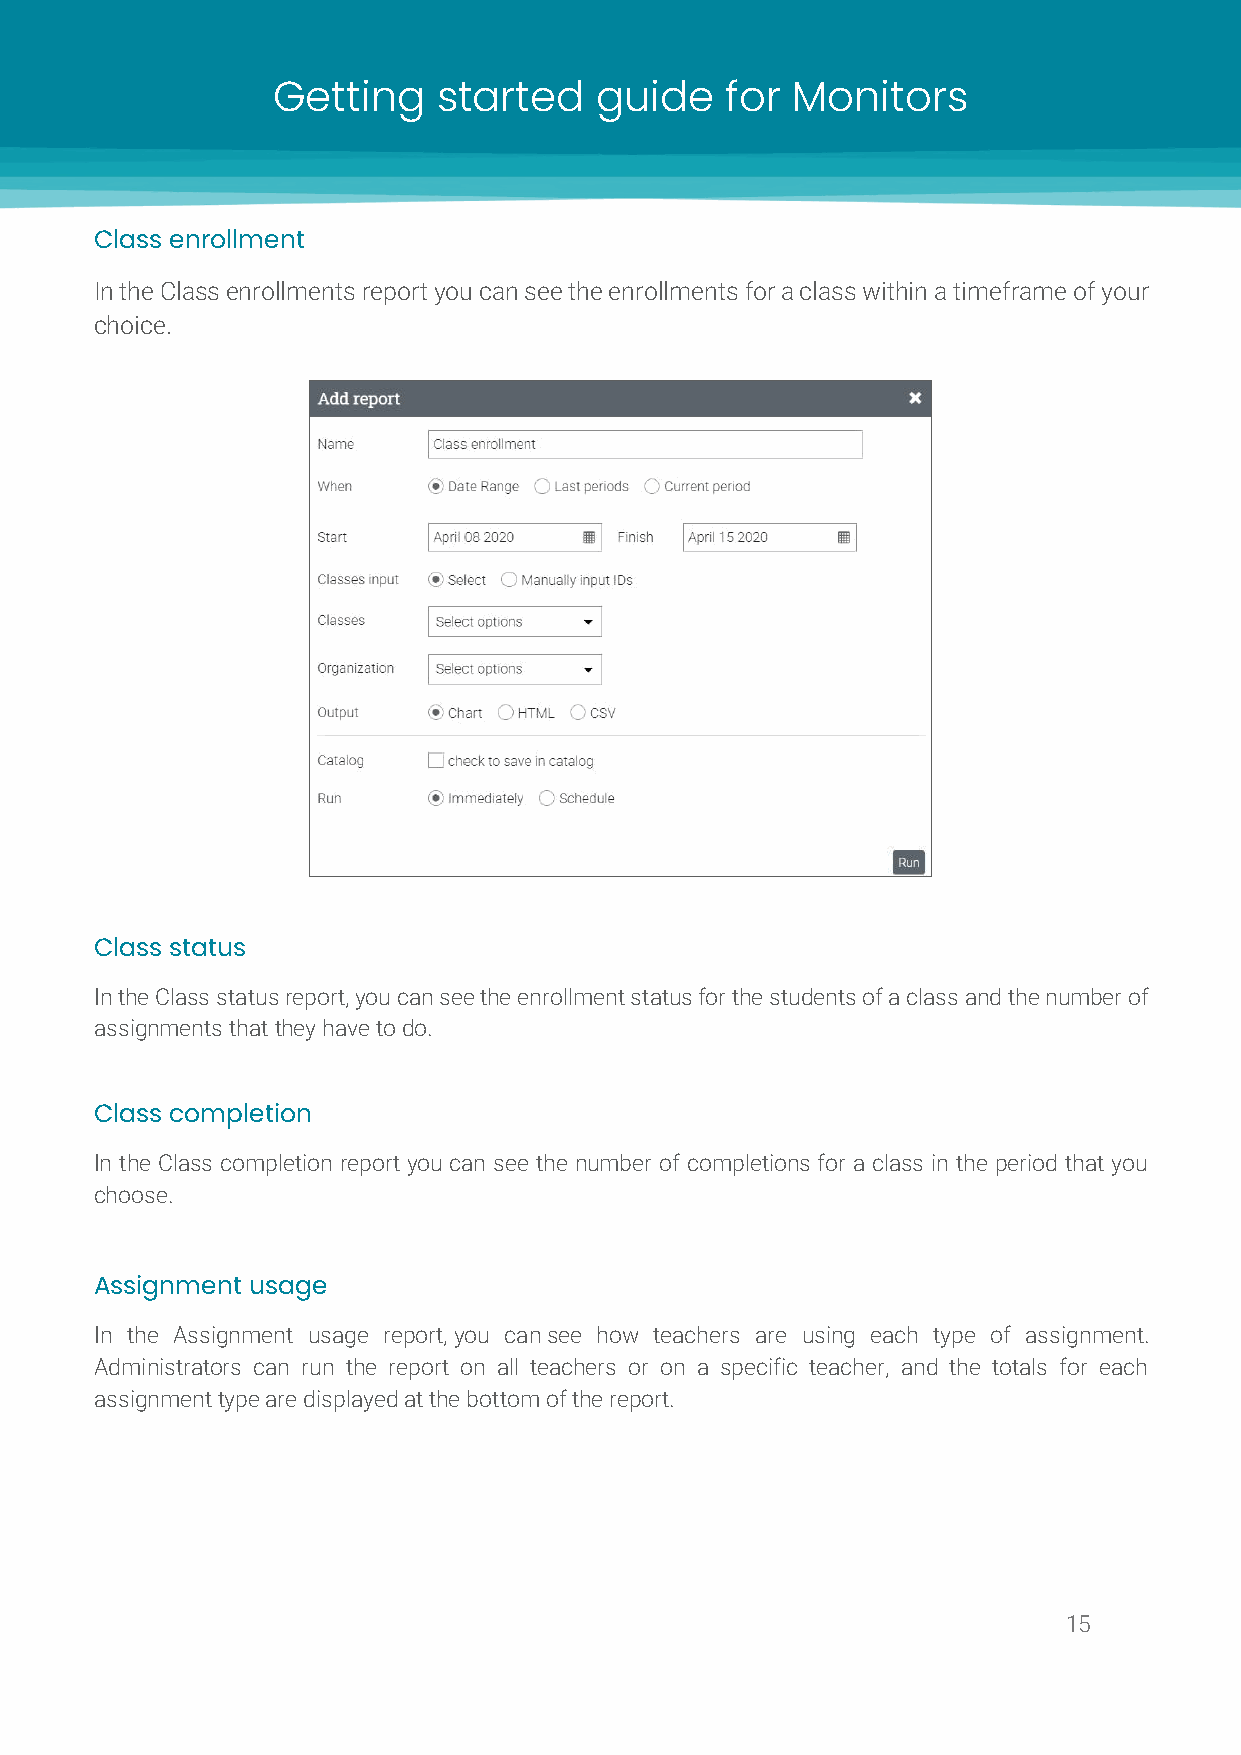
Getting    started   guide    for Monitors
 Class enrollment
 In the Class enrollments report you can see the enrollments for a class within a timeframe of your
 choice.
 Class status
 In the Class status report, you can see the enrollment status for the students of a class and the number of
 assignments that they have to do.
 Class completion
 In the Class completion report you can see the number of completions for a class in the period that you
 choose.
 Assignment usage
 In the Assignment usage report, you can see how teachers are using each type of assignment.
 Administrators can run the report on all teachers or on a specific teacher, and the totals for each
 assignment type are displayed at the bottom of the report.
 15